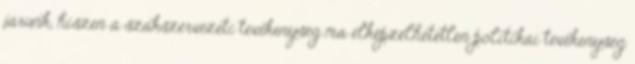
járunk, hiszen a szakszervezeti tevékenység ma elképzelhetetlen politikai tevékenység